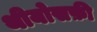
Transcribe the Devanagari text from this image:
थीयोसफ़ी